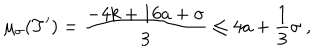
\mu _ { \sigma } ( T ^ { \prime } ) = \frac { - 4 k + 1 6 a + \sigma } { 3 } \leq 4 a + \frac { 1 } { 3 } \sigma \ ,